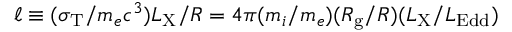
\ell \equiv ( \sigma _ { \mathrm { T } } / m _ { e } c ^ { 3 } ) L _ { \mathrm { X } } / R = 4 \pi ( m _ { i } / m _ { e } ) ( R _ { \mathrm { g } } / R ) ( L _ { \mathrm { X } } / L _ { \mathrm { E d d } } )